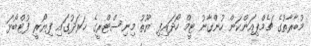
މުބާރާތުގެ ޗެމްޕިއަންކަން ހުންގާނު ޓީމް ހޯދައިފި ޔޫތު މިނިސްޓްރީގެ ޚަރަދުގައި ފިޔޯރީ ފުޓްބޯޅަ